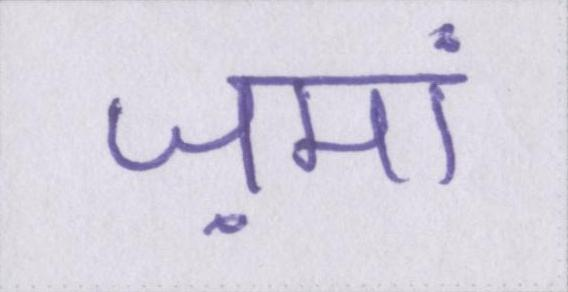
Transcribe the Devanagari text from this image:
ज़मां